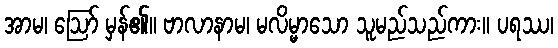
အာမ၊ ဩော် မှန်၏။ ဗာလာနာမ၊ မလိမ္မာသော သူမည်သည်ကား။ ပရဿ၊